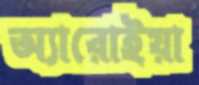
অ্যারোইয়া